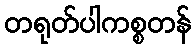
တရုတ်ပါကစ္စတန်